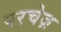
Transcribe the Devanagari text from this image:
परचेज़